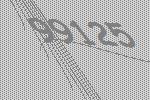
99125